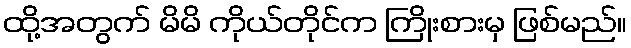
ထို့အတွက် မိမိ ကိုယ်တိုင်က ကြိုးစားမှ ဖြစ်မည်။